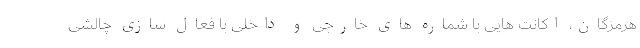
هرمزگان، اکانت هایی با شماره های خارجی و داخلی با فعال سازی چالشی